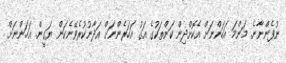
ނުފެންނާނެ. މަންމަ އަހަންނަށް އެކޮށްދިން ކަންތަކުގެ އަގު އަހަރެންނަށް އަދާނުކުރެވޭނެކަން ޔަގީން. އަހަންނަށް